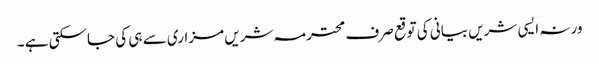
ورنہ ایسی شریں بیانی کی توقع صرف محترمہ شریں مزاری سے ہی کی جاسکتی ہے ۔